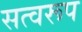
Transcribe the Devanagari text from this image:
सत्वरूप